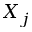
X _ { j }